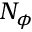
N _ { \phi }